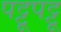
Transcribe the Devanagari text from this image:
पट्टूपट्टू